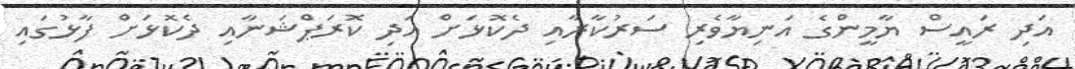
އަދި ރައީސް ޔާމީންގެ އަނިޔާވެރި ސަރުކާރާއި ދެކޮޅަށް އަދި ކޮރަޕްޝަނާއި ދެކޮޅަށް ފާޅުގައި